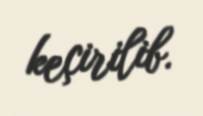
keçirilib.